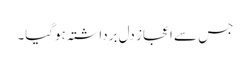
جس سے اعجاز دل برداشتہ ہوگیا۔